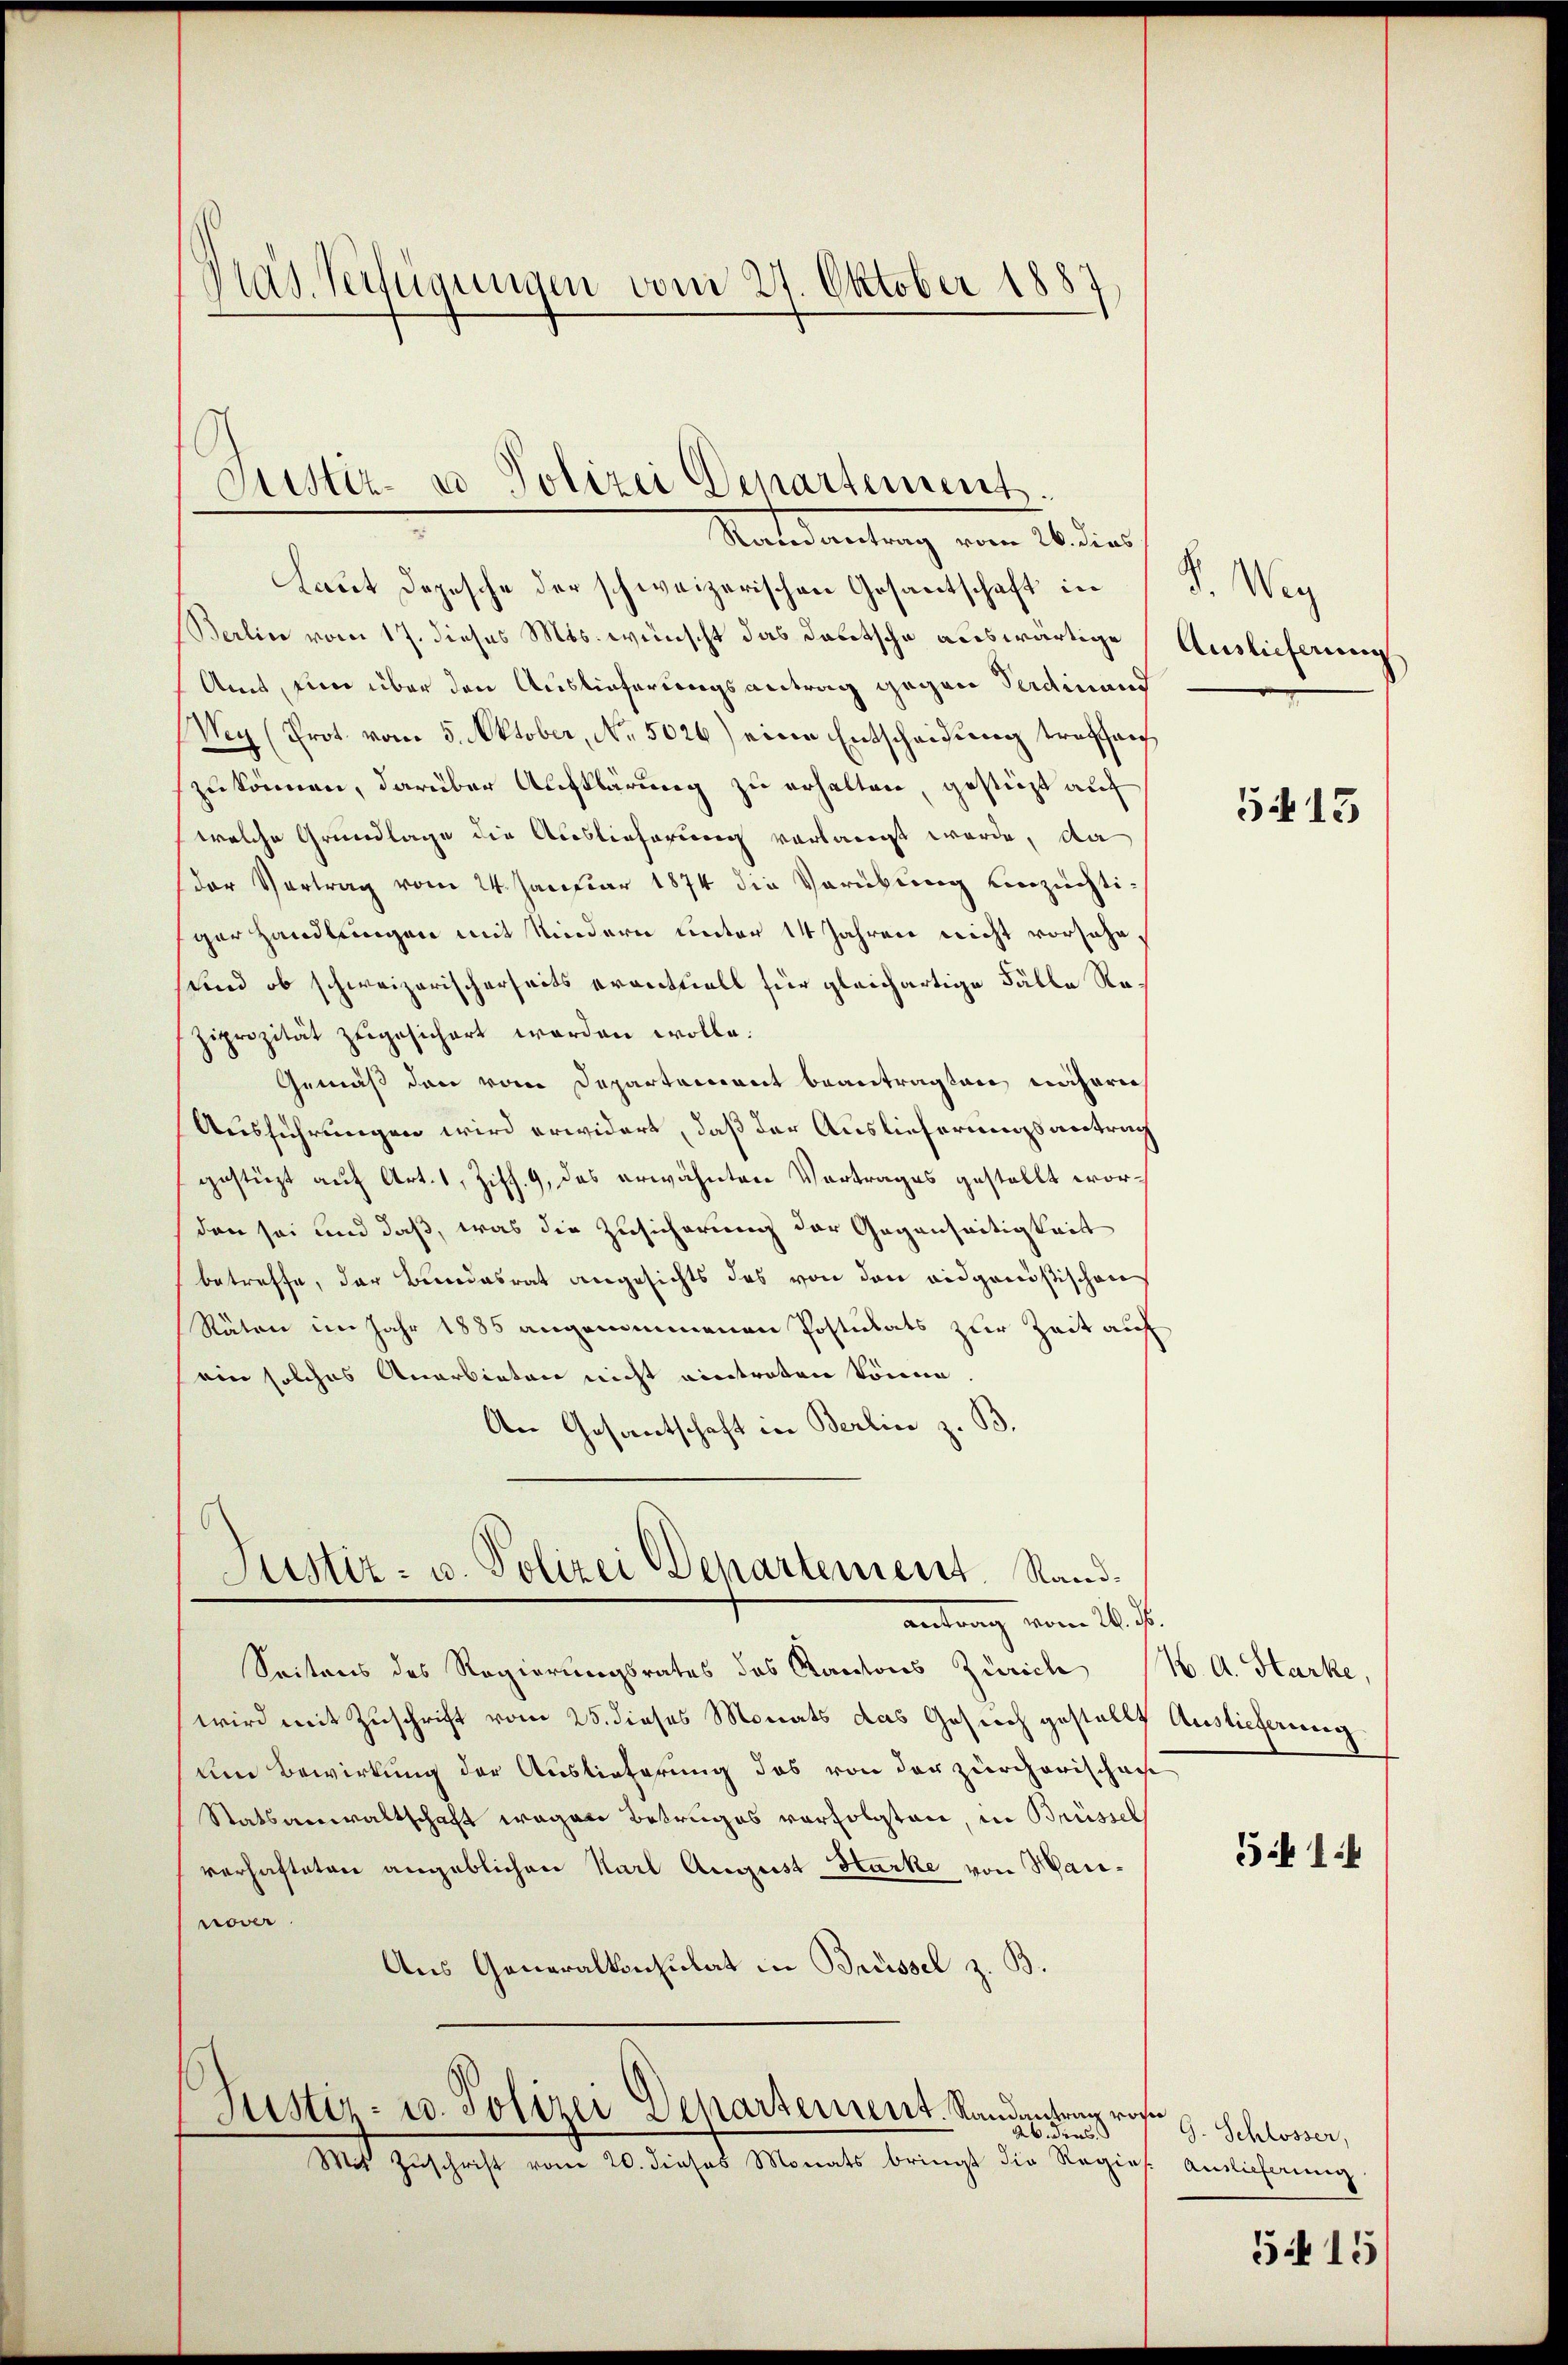
Pras. Verfügungen vom 27. Oktober 1887

Laut Dopesche der schweizerischen Gesantschaft in
Berlin vom 17. dieses Mts. wünscht das Deutsche auswärtige Auslieferung
Amt, um über den Auslieferungsantrag gegen Verdinand
Wey (Prot. vom 5. Oktober, No. 5026) eine Entscheidung treffenh
zu können, darüber Aufklärung zu erhalten, gestützt auf
welche Grundlage die Auslieferung verlangt werde, da
der Vertrag vom 24. Januar 1874 die Verübung unzüchtiger Handlungen mit Kindern unter 14 Jahren nicht vorsehe
sund ob schweizerischerseits eventuell für gleichartige Fälle Re¬
Ziprozität zugesichert worden wolle.
Gemäß den vom Departeniret beantragten mecharech
Ausführungen wird erwidert, daß der Auslieferungsantrag
gestüzt auf Art. 1, Ziff. 9, das erwähnten Vortrages gestellt worden sei und daß, was die Zusicherung der Gegenseitigkeit
betreffe, der Bundesrat angesichts das von den eidgenößischen
Räten im Jahr 1885 angenommenen Postulats zur Zeit auf
ein solches Anarbieten nicht eintreten könne.
An Gesantschaft in Berlin z. B.

Custiz- u Polizei Departement.
Madedankung vom 26 dies

Justiz- u. Polizei Departement. Randantrag vom 26. J.

Seitens des Regierungsrates des Kantons Zürich (N. A. Harke,
wird mit Zuschrift vom 25. dieses Monats das Gesuch gestellt Auslieferung
um Bewirkung der Auslieferung das von der zürcherischei
Statsanwaltschaft wegen Betruges verfolgten, in Brüssel
verhafteten angeblichen Karl August Harke von Marinover
Aus Generalkonsulat in Brüssel z. B.

Justiz- u. Polizei Departement. Randantrag von

ab dies
Mit Zŭschrift vom 20. dieses Monats bringt die Regies. Auslieferung

R. Weg

5413

541.

J. Schlosser,

515